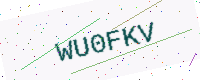
Text: WU0FKV